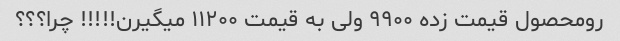
رو‌محصول قیمت زده ۹۹۰۰ ولی به قیمت ۱۱۲۰۰ میگیرن!!!!! چرا؟؟؟